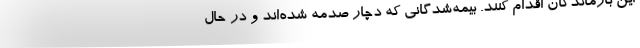
این بازماندگان اقدام کنند. بیمه‌شدگانی که دچار صدمه شده‌اند و در حال